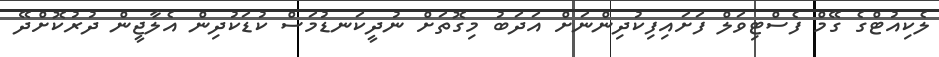
ލެކިއުޓްގެ ގޭމް ފެސްޓިވަލް ފަށައިފިކުދިންނަށް އަދަބު މިގޮތަށް ނުދީކަނޑުމަސް ކުޑަކުދިން އެލާޖީން ދުރުކޮށްދޭ